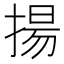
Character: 揚